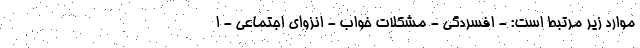
موارد زیر مرتبط است: - افسردگی - مشکلات خواب - انزوای اجتماعی - ا